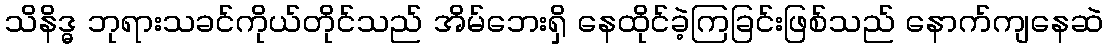
သိနိဒ္ဓ ဘုရားသခင်ကိုယ်တိုင်သည် အိမ်ဘေးရှိ နေထိုင်ခဲ့ကြခြင်းဖြစ်သည် နောက်ကျနေဆဲ